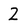
Character: 2